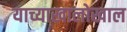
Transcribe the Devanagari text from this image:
याच्याखालोखाल